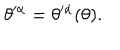
\theta ^ { \prime \alpha } = \theta ^ { \prime \alpha } ( \theta ) .